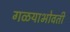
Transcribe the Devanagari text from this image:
गळयाभोवती